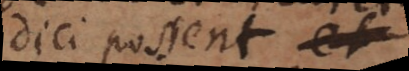
dici possent et